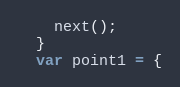
Language: JavaScript
    next();
  }
  var point1 = {